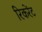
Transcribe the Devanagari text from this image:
रिकरेंट